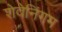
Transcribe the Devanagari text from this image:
शेवेनिंगम